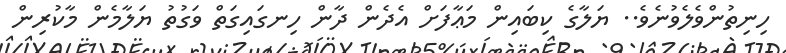
ހިނިތުންވެލެވުނެވެ.. ޔަލާގެ ކިބައިން މަޢާފަށް އެދެން ދާން ހިނގައިގަތް ވަގުތު ޔަލާމެން މާކުރިން